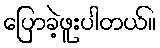
ပြောခဲ့ဖူးပါတယ်။